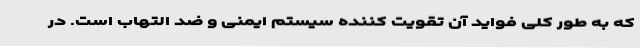
که به طور کلی فواید آن تقویت کننده سیستم ایمنی و ضد التهاب است. در